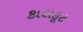
કાલકૂટ